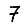
Digit: 7